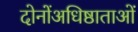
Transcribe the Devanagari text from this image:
दोनोंअधिष्ठाताओं